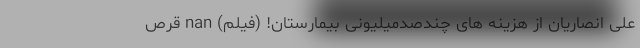
علی انصاریان از هزینه های چندصدمیلیونی بیمارستان! (فیلم) nan قرص